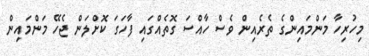
މިހުރިހާ މަންމައިންގެ ތެރެއިން ވެސް ހާއްސަ ގޮތެއްގައި ފާހަގަ ކޮށްލަން ޖެހޭ މަންމައިން